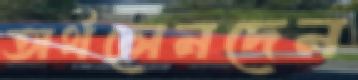
অর্থলেনদেন